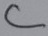
Text: C